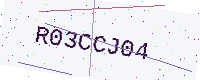
Text: R03CCJ04